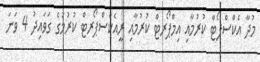
މުދާ އެކްސްޕޯޓް ކުރުމާއި އިމްޕޯރޓް ކުރުމާއި ރީއެކްސްޕޯރޓް ކުރުމުގެ ގަވައިދު 4 ވަނަ